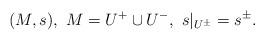
LaTeX: \begin{align*}(M, s), \ M=U^+ \cup U^-, \ s|_{U^{\pm}}=s^{\pm}.\end{align*}